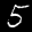
Label: 5